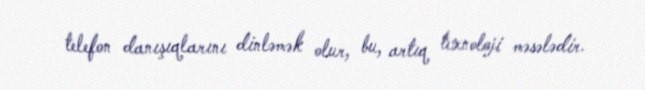
telefon danışıqlarını dinləmək olur, bu, artıq texnoloji məsələdir.